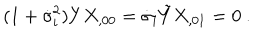
LaTeX: ( 1 + \dot { \sigma } _ { i } ^ { 2 } ) Y X _ { , 0 0 } = \dot { \sigma } _ { i } \tilde { Y } X _ { , 0 1 } = 0 \ .